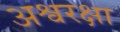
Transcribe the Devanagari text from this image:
अश्वरक्षा